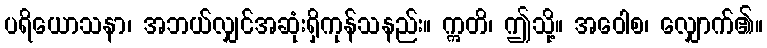
ပရိယောသနာ၊ အဘယ်လျှင်အဆုံးရှိကုန်သနည်း။ ဣတိ၊ ဤသို့။ အဝေါစ၊ လျှောက်၏။